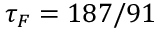
\tau _ { F } = 1 8 7 / 9 1